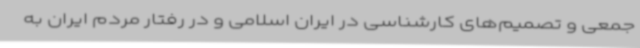
جمعی و تصمیم‌های کارشناسی در ایران اسلامی و در رفتار مردم ایران به